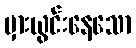
မှားယွင်းနေသော